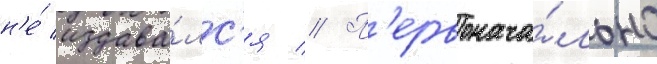
н'е́ издава́лс'я // П'ервонача́льно